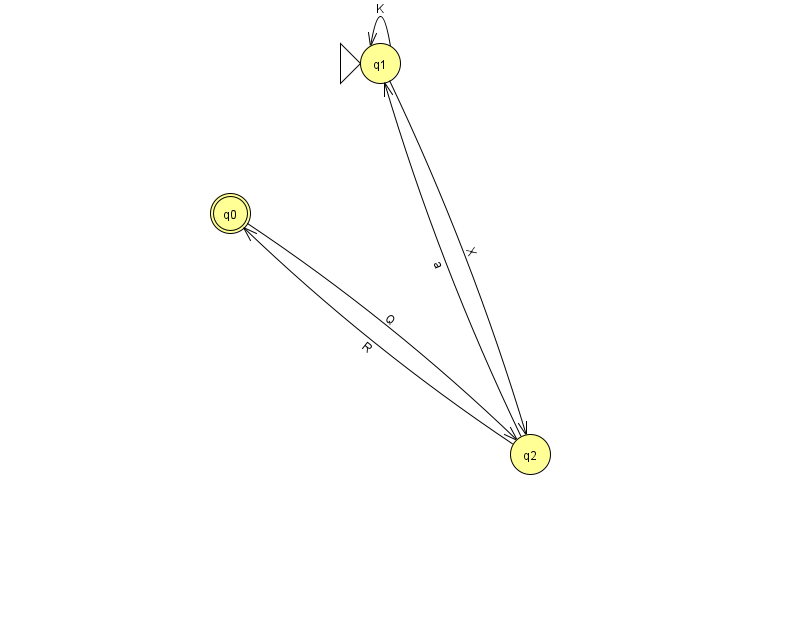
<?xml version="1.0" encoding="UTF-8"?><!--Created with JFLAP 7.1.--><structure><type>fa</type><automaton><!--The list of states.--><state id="0" name="q0"><x>230.0</x><y>200.0</y><final/></state><state id="1" name="q1"><x>380.0</x><y>50.0</y><initial/></state><state id="2" name="q2"><x>530.0</x><y>441.0</y></state><!--The list of transitions.--><transition><from>2</from><to>1</to><read>a</read></transition><transition><from>0</from><to>2</to><read>Q</read></transition><transition><from>2</from><to>0</to><read>R</read></transition><transition><from>1</from><to>2</to><read>X</read></transition><transition><from>1</from><to>1</to><read>K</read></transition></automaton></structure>